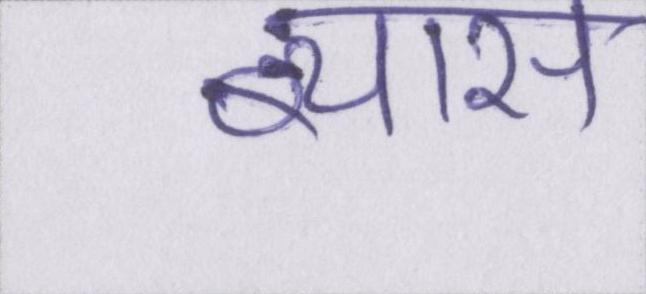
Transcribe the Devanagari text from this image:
ब्यास